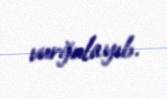
vurğulayıb.